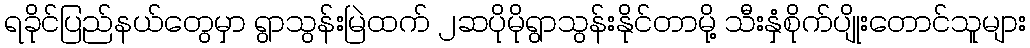
ရခိုင်ပြည်နယ်တွေမှာ ရွာသွန်းမြဲထက် ၂ဆပိုမိုရွာသွန်းနိုင်တာမို့ သီးနှံစိုက်ပျိုးတောင်သူများ